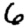
Digit: 6